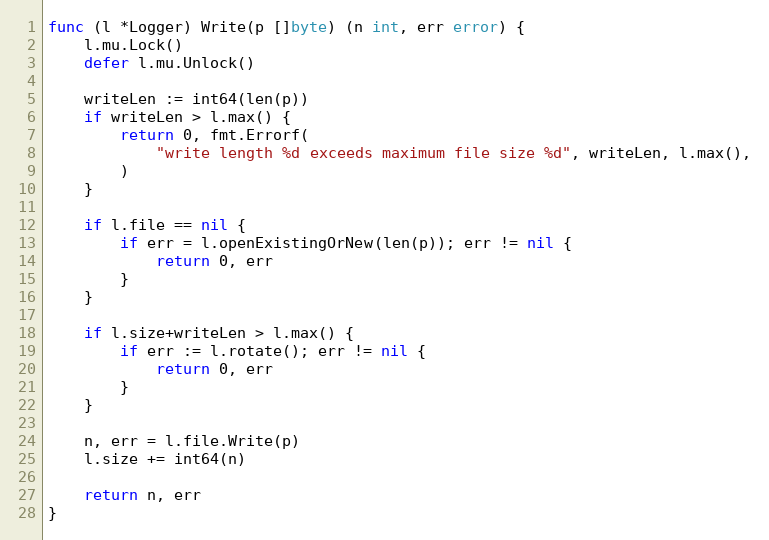
Language: Go
func (l *Logger) Write(p []byte) (n int, err error) {
	l.mu.Lock()
	defer l.mu.Unlock()

	writeLen := int64(len(p))
	if writeLen > l.max() {
		return 0, fmt.Errorf(
			"write length %d exceeds maximum file size %d", writeLen, l.max(),
		)
	}

	if l.file == nil {
		if err = l.openExistingOrNew(len(p)); err != nil {
			return 0, err
		}
	}

	if l.size+writeLen > l.max() {
		if err := l.rotate(); err != nil {
			return 0, err
		}
	}

	n, err = l.file.Write(p)
	l.size += int64(n)

	return n, err
}